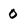
Character: 0